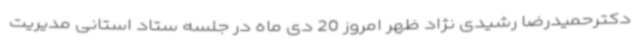
دکترحمیدرضا رشیدی نژاد ظهر امروز 20 دی ماه در جلسه ستاد استانی مدیریت